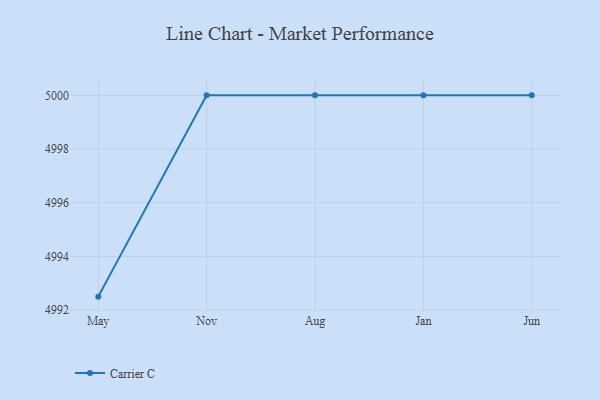
{"axis": {"x": "Month", "y": "Customer Acquisition Cost (USD)"}, "legend": ["Carrier C"], "data": [{"x": "May", "y": 4992.5, "type": "Carrier C"}, {"x": "Nov", "y": 5000, "type": "Carrier C"}, {"x": "Aug", "y": 5000, "type": "Carrier C"}, {"x": "Jan", "y": 5000, "type": "Carrier C"}, {"x": "Jun", "y": 5000, "type": "Carrier C"}]}